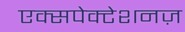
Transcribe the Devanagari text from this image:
एक्सपेक्टेशनज़